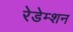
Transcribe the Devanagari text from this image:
रेडेम्शन